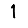
Digit: 1